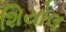
શિયોલ